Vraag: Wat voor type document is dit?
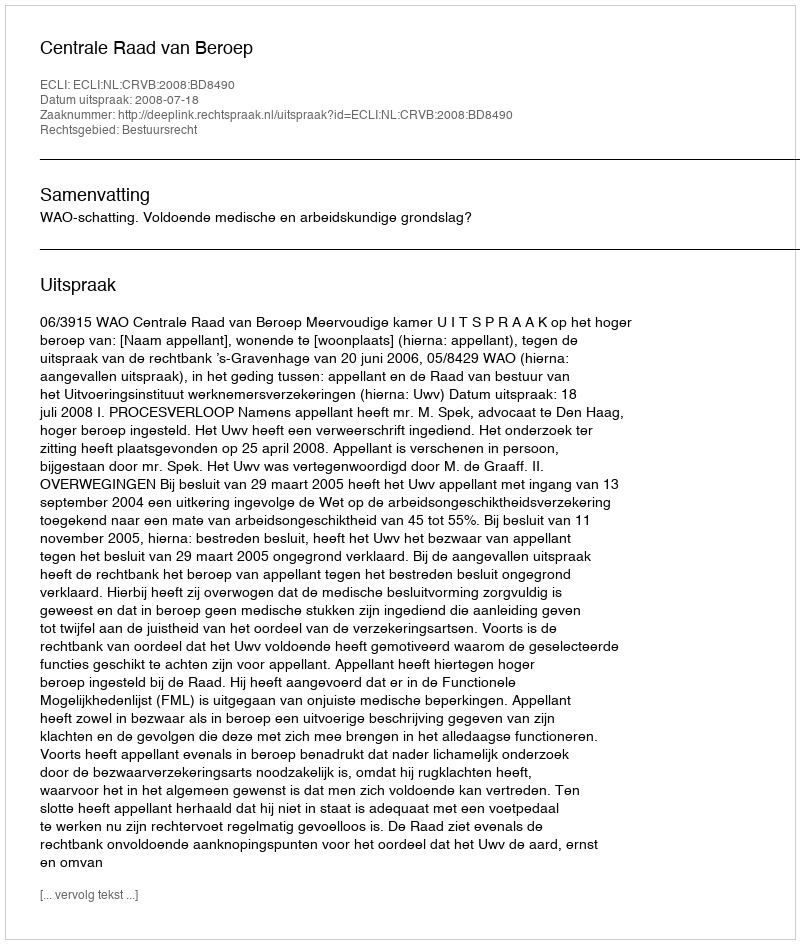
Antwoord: Uitspraak